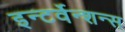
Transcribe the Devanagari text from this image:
इन्टर्वेन्शन्स